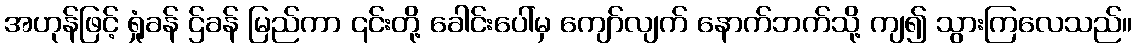
အဟုန်ဖြင့် ရှုံခန် ဌ်ခန် မြည်ကာ ၎င်းတို့ ခေါင်းပေါ်မှ ကျော်လျက် နောက်ဘက်သို့ ကျ၍ သွားကြလေသည်။